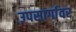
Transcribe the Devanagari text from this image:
उपसार्गावर